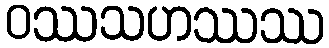
ဝဿသဟဿဿ